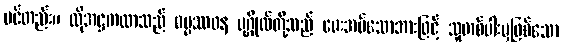
ပင်တည်း။ ထိုအဋ္ဌကထာသည် ဓမ္မဿဝန ပုဂ္ဂိုလ်တို့သည် မေးအပ်သောအားဖြင့် သူတစ်ပါးမှဖြစ်သော